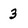
Character: 3